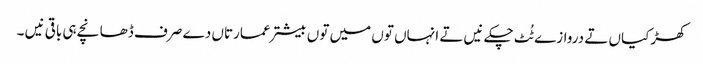
کھڑکیاں تے دروازے ٹُٹ چکے نیں تے انہاں تو‏ں میں تو‏ں بیشتر عمارتاں دے صرف ڈھانچے ہی باقی نیں ۔